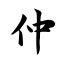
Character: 仲